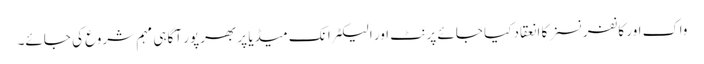
واک اور کانفرنسز کا انعقاد کیا جائے پرنٹ اور الیکٹرانک میڈیا پر بھرپور آگاہی مہم شروع کی جائے۔